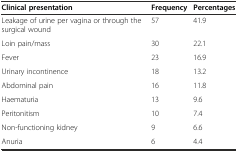
<table><thead><tr><td><b>Clinical presentation</b></td><td><b>Frequency</b></td><td><b>Percentages</b></td></tr></thead><tbody><tr><td>Leakage of urine per vagina or through the surgical wound</td><td>57</td><td>41.9</td></tr><tr><td>Loin pain/mass</td><td>30</td><td>22.1</td></tr><tr><td>Fever</td><td>23</td><td>16.9</td></tr><tr><td>Urinary incontinence</td><td>18</td><td>13.2</td></tr><tr><td>Abdominal pain</td><td>16</td><td>11.8</td></tr><tr><td>Haematuria</td><td>13</td><td>9.6</td></tr><tr><td>Peritonitism</td><td>10</td><td>7.4</td></tr><tr><td>Non-functioning kidney</td><td>9</td><td>6.6</td></tr><tr><td>Anuria</td><td>6</td><td>4.4</td></tr></tbody></table>